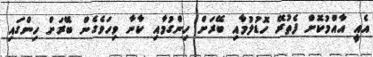
އެއީ އާއްމުކޮށް ފެތުރޭ ހޮޑުލުމާއި ބޭރަށް ހިންގުމާއި ކާނާ ވިހަވެގެން ބޭރަށް ހިންގައި